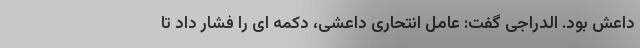
داعش بود. الدراجی گفت: عامل انتحاری داعشی، دکمه ای را فشار داد تا